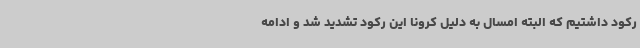
رکود داشتیم که البته امسال به دلیل کرونا این رکود تشدید شد و ادامه